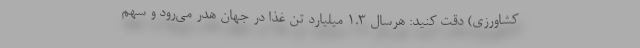
کشاورزی) دقت کنید: هرسال ۱.۳ میلیارد تن غذا در جهان هدر می‌رود و سهم